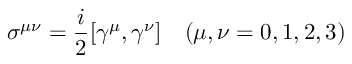
\sigma ^ { \mu \nu } = \frac { i } { 2 } [ \gamma ^ { \mu } , \gamma ^ { \nu } ] \quad ( \mu , \nu = 0 , 1 , 2 , 3 )